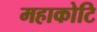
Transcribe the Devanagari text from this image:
महाकोटि